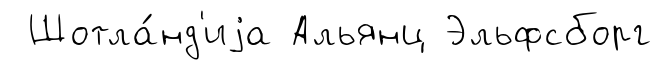
Шотла́нд'иjа Альянц Эльфсборг